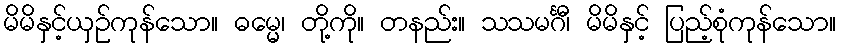
မိမိနှင့်ယှဉ်ကုန်သော။ ဓမ္မေ၊ တို့ကို။ တနည်း။ သသမင်္ဂီ၊ မိမိနှင့် ပြည့်စုံကုန်သော။